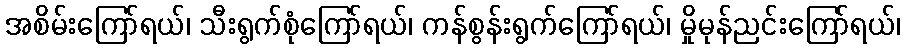
အစိမ်းကြော်ရယ်၊ သီးရွက်စုံကြော်ရယ်၊ ကန်စွန်းရွက်ကြော်ရယ်၊ မှိုမုန်ညင်းကြော်ရယ်၊